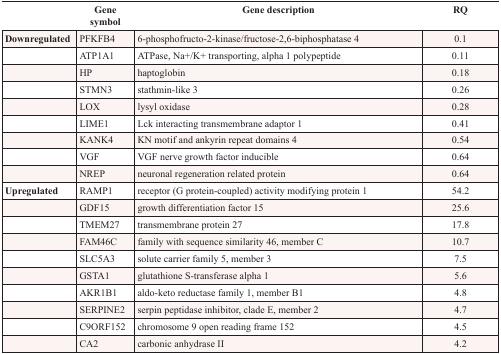
|  | Gene symbol | Gene description | RQ |
 | --- | --- | --- | --- |
 | Downregulated | PFKFB4 | 6-phosphofructo-2-kinase/fructose-2,6-biphosphatase 4 | 0.1 |
 |  | ATP1A1 | ATPase, Na+/K+ transporting, alpha 1 polypeptide | 0.11 |
 |  | HP | haptoglobin | 0.18 |
 |  | STMN3 | stathmin-like 3 | 0.26 |
 |  | LOX | lysyl oxidase | 0.28 |
 |  | LIME1 | Lck interacting transmembrane adaptor 1 | 0.41 |
 |  | KANK4 | KN motif and ankyrin repeat domains 4 | 0.54 |
 |  | VGF | VGF nerve growth factor inducible | 0.64 |
 |  | NREP | neuronal regeneration related protein | 0.64 |
 | Upregulated | RAMP1 | receptor (G protein-coupled) activity modifying protein 1 | 54.2 |
 |  | GDF15 | growth differentiation factor 15 | 25.6 |
 |  | TMEM27 | transmembrane protein 27 | 17.8 |
 |  | FAM46C | family with sequence similarity 46, member C | 10.7 |
 |  | SLC5A3 | solute carrier family 5, member 3 | 7.5 |
 |  | GSTA1 | glutathione S-transferase alpha 1 | 5.6 |
 |  | AKR1B1 | aldo-keto reductase family 1, member B1 | 4.8 |
 |  | SERPINE2 | serpin peptidase inhibitor, clade E, member 2 | 4.7 |
 |  | C9ORF152 | chromosome 9 open reading frame 152 | 4.5 |
 |  | CA2 | carbonic anhydrase II | 4.2 |